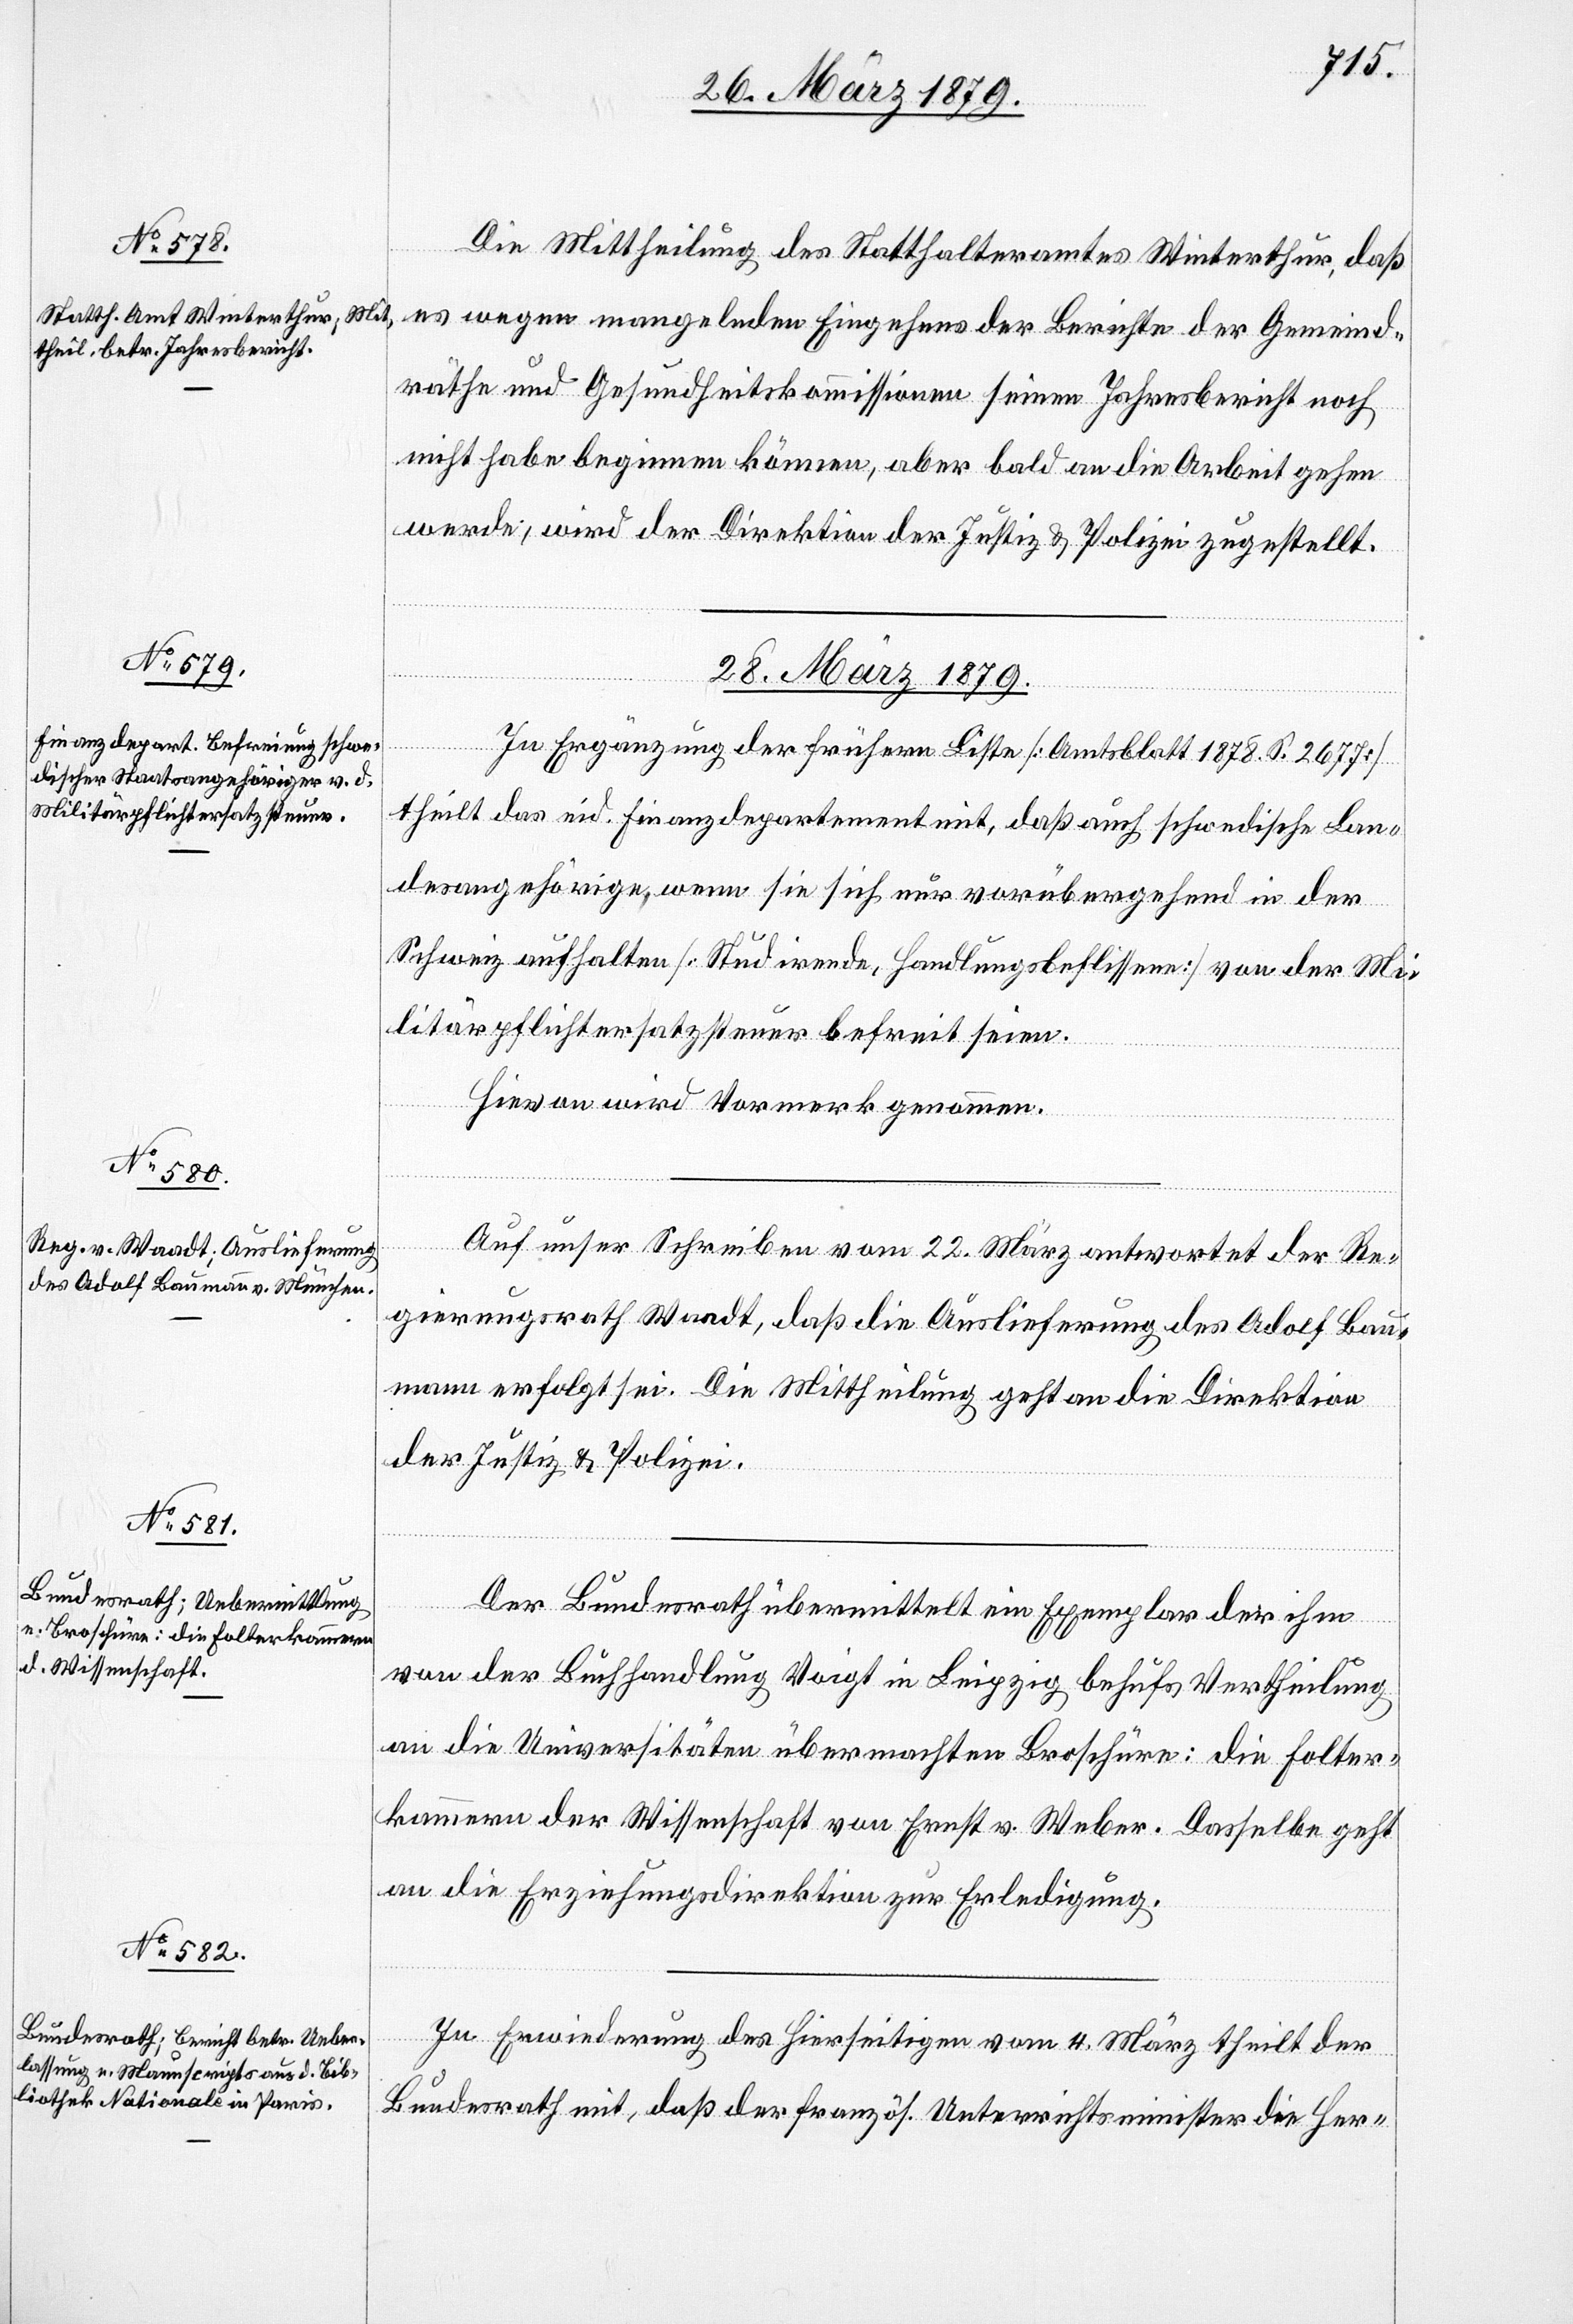
26. März 1879.]
Die Mittheilung des Statthalteramtes Winterthur, daß
es wegen mangelnden Eingehens der Berichte der Gemeind¬
räthe und Gesundheitskommissionen seinen Jahresbericht noch
nicht habe beginnen können, aber bald an die Arbeit gehen
werde, wird der Direktion der Justiz & Polizei zugestellt.
28. März 1879.]
In Ergänzung der frühern Liste [Amtsblatt 1878, S. 2677]
theilt das eid. Finanzdepartement mit, daß auch schwedische Lan¬
desangehörige, wenn sie sich nur vorübergehend in der
Schweiz aufhalten [Studirende, Handlungsbeflissene] von der Mi¬
litärpflichtersatzsteuer befreit seien.
Hievon wird Vormerk genommen.
Auf unser Schreiben vom 22. März antwortet der Re¬
gierungsrath Waadt, daß die Auslieferung des Adolf Bau¬
mann erfolgt sei. Die Mittheilung geht an die Direktion
der Justiz & Polizei.
Der Bundesrath übermittelt ein Exemplar der ihm
von der Buchhandlung Voigt in Leipzig behufs Vertheilung
an die Universitäten übermachten Broschüre: Die Folter¬
kammern der Wissenschaft von Ernst v. Weber. Dasselbe geht
an die Erziehungsdirektion zur Erledigung.
In Erwiederung des Hierseitigen vom 4. März theilt der
Bundesrath mit, daß der französ. Unterrichtsminister die Her-